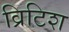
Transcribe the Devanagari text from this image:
व्रिटिश